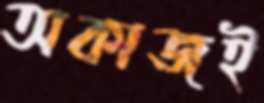
অকাজই